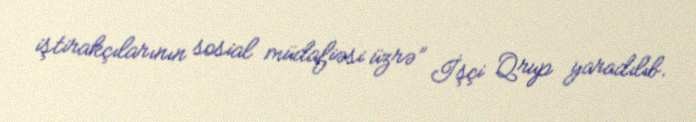
iştirakçılarının sosial müdafiəsi üzrə” İşçi Qrup yaradılıb.